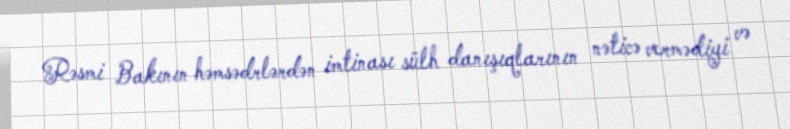
Rəsmi Bakının həmsədrlərdən imtinası sülh danışıqlarının nəticə vermədiyi və